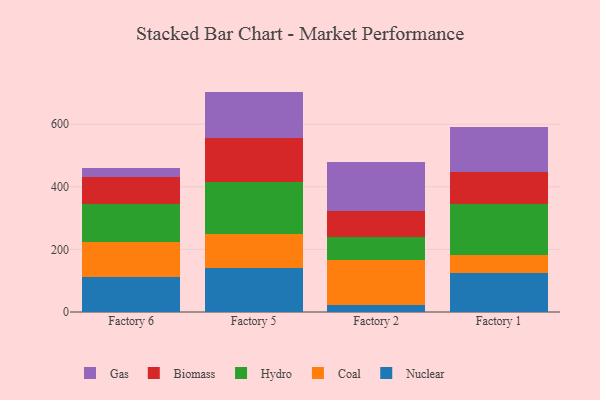
{"axis": {"x": "Factory", "y": "Demand Index"}, "legend": ["Biomass", "Coal", "Gas", "Hydro", "Nuclear"], "data": [{"x": "Factory 6", "y": 112.5, "type": "Nuclear"}, {"x": "Factory 6", "y": 111.6, "type": "Coal"}, {"x": "Factory 6", "y": 120.0, "type": "Hydro"}, {"x": "Factory 6", "y": 86.3, "type": "Biomass"}, {"x": "Factory 6", "y": 28.6, "type": "Gas"}, {"x": "Factory 5", "y": 140.6, "type": "Nuclear"}, {"x": "Factory 5", "y": 109.1, "type": "Coal"}, {"x": "Factory 5", "y": 166.0, "type": "Hydro"}, {"x": "Factory 5", "y": 139.6, "type": "Biomass"}, {"x": "Factory 5", "y": 148.9, "type": "Gas"}, {"x": "Factory 2", "y": 23.1, "type": "Nuclear"}, {"x": "Factory 2", "y": 143.2, "type": "Coal"}, {"x": "Factory 2", "y": 73.7, "type": "Hydro"}, {"x": "Factory 2", "y": 83.5, "type": "Biomass"}, {"x": "Factory 2", "y": 155.3, "type": "Gas"}, {"x": "Factory 1", "y": 126.2, "type": "Nuclear"}, {"x": "Factory 1", "y": 56.7, "type": "Coal"}, {"x": "Factory 1", "y": 162.4, "type": "Hydro"}, {"x": "Factory 1", "y": 102.2, "type": "Biomass"}, {"x": "Factory 1", "y": 145.0, "type": "Gas"}]}